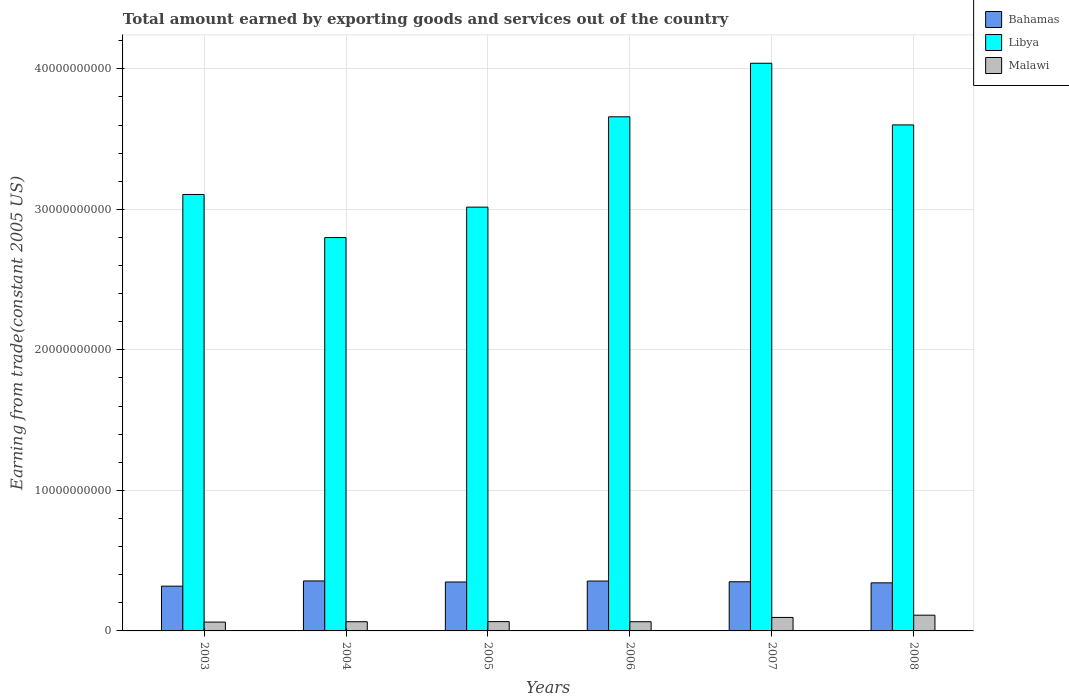
| Years | Bahamas | Libya | Malawi |
 | --- | --- | --- | --- |
 | 2003 | 3.19e+09 | 3.11e+10 | 6.29e+08 |
 | 2004 | 3.56e+09 | 2.8e+10 | 6.55e+08 |
 | 2005 | 3.48e+09 | 3.02e+10 | 6.62e+08 |
 | 2006 | 3.55e+09 | 3.66e+10 | 6.55e+08 |
 | 2007 | 3.5e+09 | 4.04e+10 | 9.6e+08 |
 | 2008 | 3.42e+09 | 3.6e+10 | 1.12e+09 |